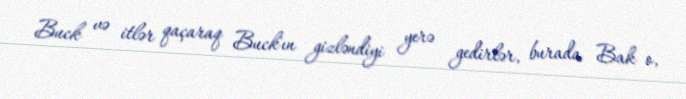
Buck və itlər qaçaraq Buck'ın gizləndiyi yerə gedirlər, burada Bak o,